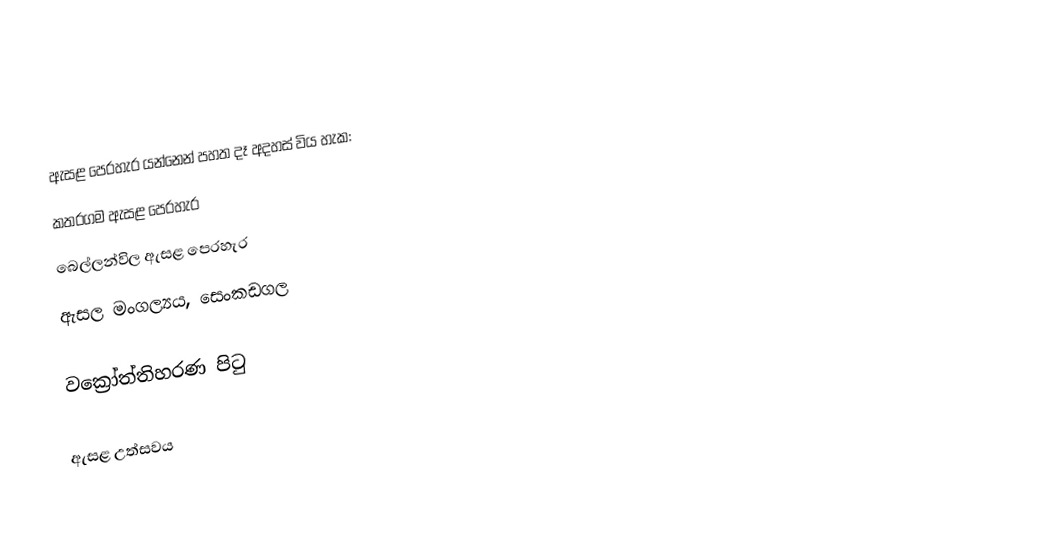
ඇසළ පෙරහැර යන්නෙන් පහත දෑ අදහස් විය හැක:
 කතරගම ඇසළ පෙරහැර
 බෙල්ලන්විල ඇසළ පෙරහැර
 ඇසල මංගල්‍යය, සෙංකඩගල

වක්‍රෝත්තිහරණ පිටු

ඇසළ උත්සවය